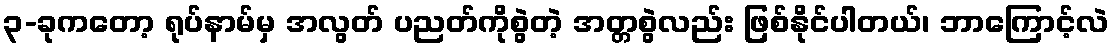
၃-ခုကတော့ ရုပ်နာမ်မှ အလွတ် ပညတ်ကိုစွဲတဲ့ အတ္တစွဲလည်း ဖြစ်နိုင်ပါတယ်၊ ဘာကြောင့်လဲ